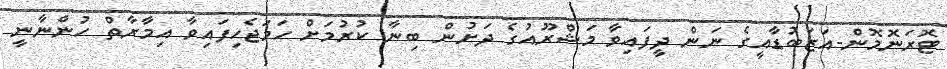
ޓޮރަނޮމޮން-އަޒަބުޑާއީގެ ނަން ދީފައިވާ މަޝްރޫއުގެ ދަށުން ބިނާ ކުރުމަށް ހަމަޖެހިފައިވާ އިމާރާތް ހުންނާނީ